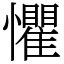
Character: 懼